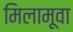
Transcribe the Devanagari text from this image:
मिलामूवा